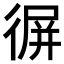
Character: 𢔧